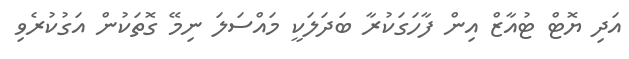
އަދި ޔޮޓް ޓުއާޒް އިން ފާހަގަކުރާ ބަދަލަކީ މައްސަލަ ނިމޭ ގޮތަކުން އަގުކުރެވި